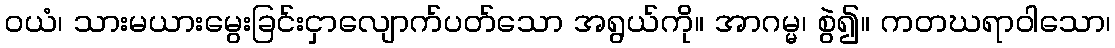
ဝယံ၊ သားမယားမွေးခြင်းငှာလျောက်ပတ်သော အရွယ်ကို။ အာဂမ္မ၊ စွဲ၍။ ကတဃရာဝါသော၊